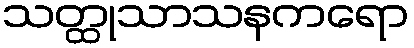
သတ္ထုသာသနကရော